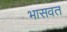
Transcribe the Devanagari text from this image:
भासवत